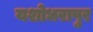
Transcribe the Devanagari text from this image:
यशोधरापुर